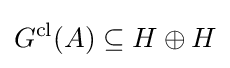
G^{\text{cl}}(A)\subseteq H\oplus H